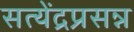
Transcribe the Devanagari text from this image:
सत्येंद्रप्रसन्न